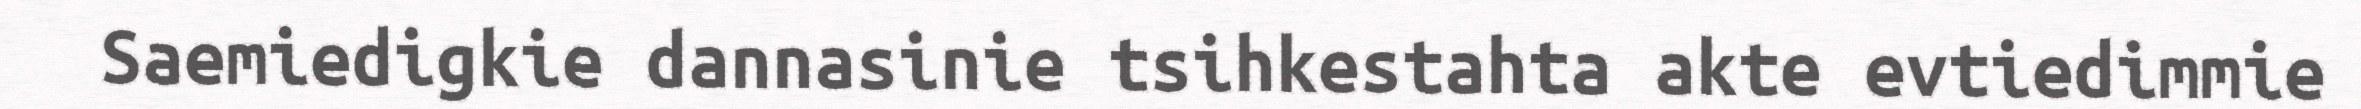
Saemiedigkie dannasinie tsihkestahta akte evtiedimmie